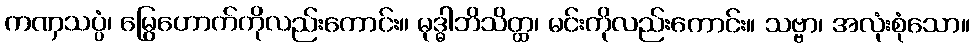
ကဏှသပ္ပံ၊ မြွေဟောက်ကိုလည်းကောင်း။ မုဒ္ဓါဘိသိတ္ထ၊ မင်းကိုလည်းကောင်း။ သဗ္ဗာ၊ အလုံးစုံသော။